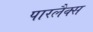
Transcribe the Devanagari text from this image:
पारलैक्स